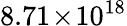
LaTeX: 8.71\! \times\! 10^{18}